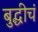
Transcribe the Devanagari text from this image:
बुद्धीचं